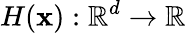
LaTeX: H(\mathbf{x}):\mathbb{R}^{d}\to\mathbb{R}